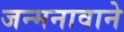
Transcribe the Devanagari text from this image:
जन्मनावाने